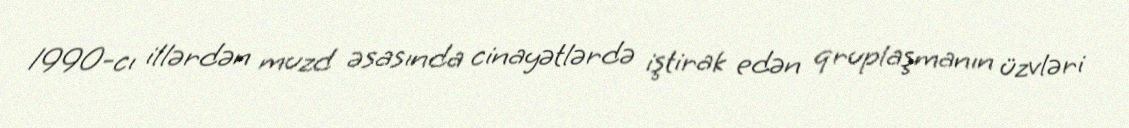
1990-cı illərdən muzd əsasında cinayətlərdə iştirak edən qruplaşmanın üzvləri